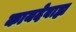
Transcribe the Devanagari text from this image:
कायदेबाह्य